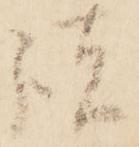
諸